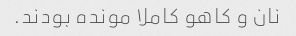
نان و کاهو کاملا مونده بودند.